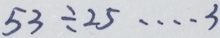
5 3 \div 2 5 \cdots 3